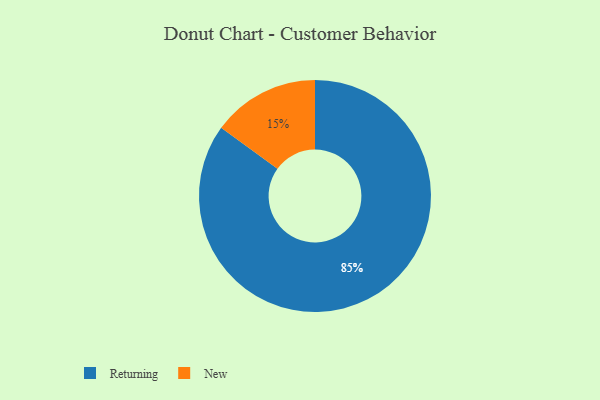
{"axis": {"x": "Category", "y": "Percentage"}, "legend": ["New", "Returning"], "data": [{"x": "New", "y": 15, "type": "New"}, {"x": "Returning", "y": 85, "type": "Returning"}]}